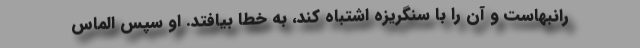
رانبهاست و آن را با سنگریزه اشتباه کند، به خطا بیافتد. او سپس الماس